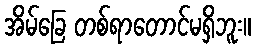
အိမ်ခြေ တစ်ရာတောင်မရှိဘူး။